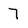
Character: 7